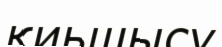
қиьшысу